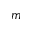
m